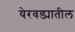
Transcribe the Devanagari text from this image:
येरवड्यातील